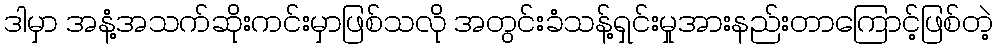
ဒါမှာ အနံ့အသက်ဆိုးကင်းမှာဖြစ်သလို အတွင်းခံသန့်ရှင်းမှုအားနည်းတာကြောင့်ဖြစ်တဲ့